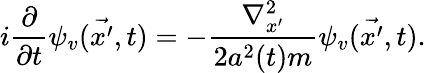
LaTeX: i\frac{\partial}{\partial t}\psi_{v}(\vec{x^{\prime}},t)=-\frac{{\nabla}_{x^{\prime}}^{2}}{2a^{2}(t)m}\psi_{v}(\vec{x^{\prime}},t).